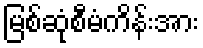
မြစ်ဆုံစီမံကိန်းအား